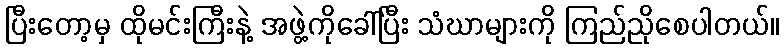
ပြီးတော့မှ ထိုမင်းကြီးနဲ့ အဖွဲ့ကိုခေါ်ပြီး သံဃာများကို ကြည်ညိုစေပါတယ်။